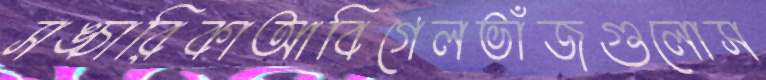
সঙ্চারিকাআবিগেলভাঁজগুলোস